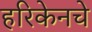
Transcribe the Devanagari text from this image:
हरिकेनचे